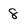
Character: 8